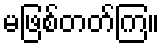
မဖြစ်တတ်ကြ။